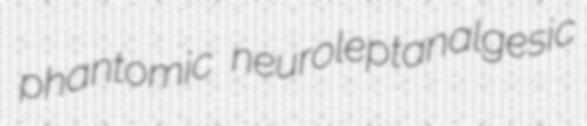
phantomic neuroleptanalgesic